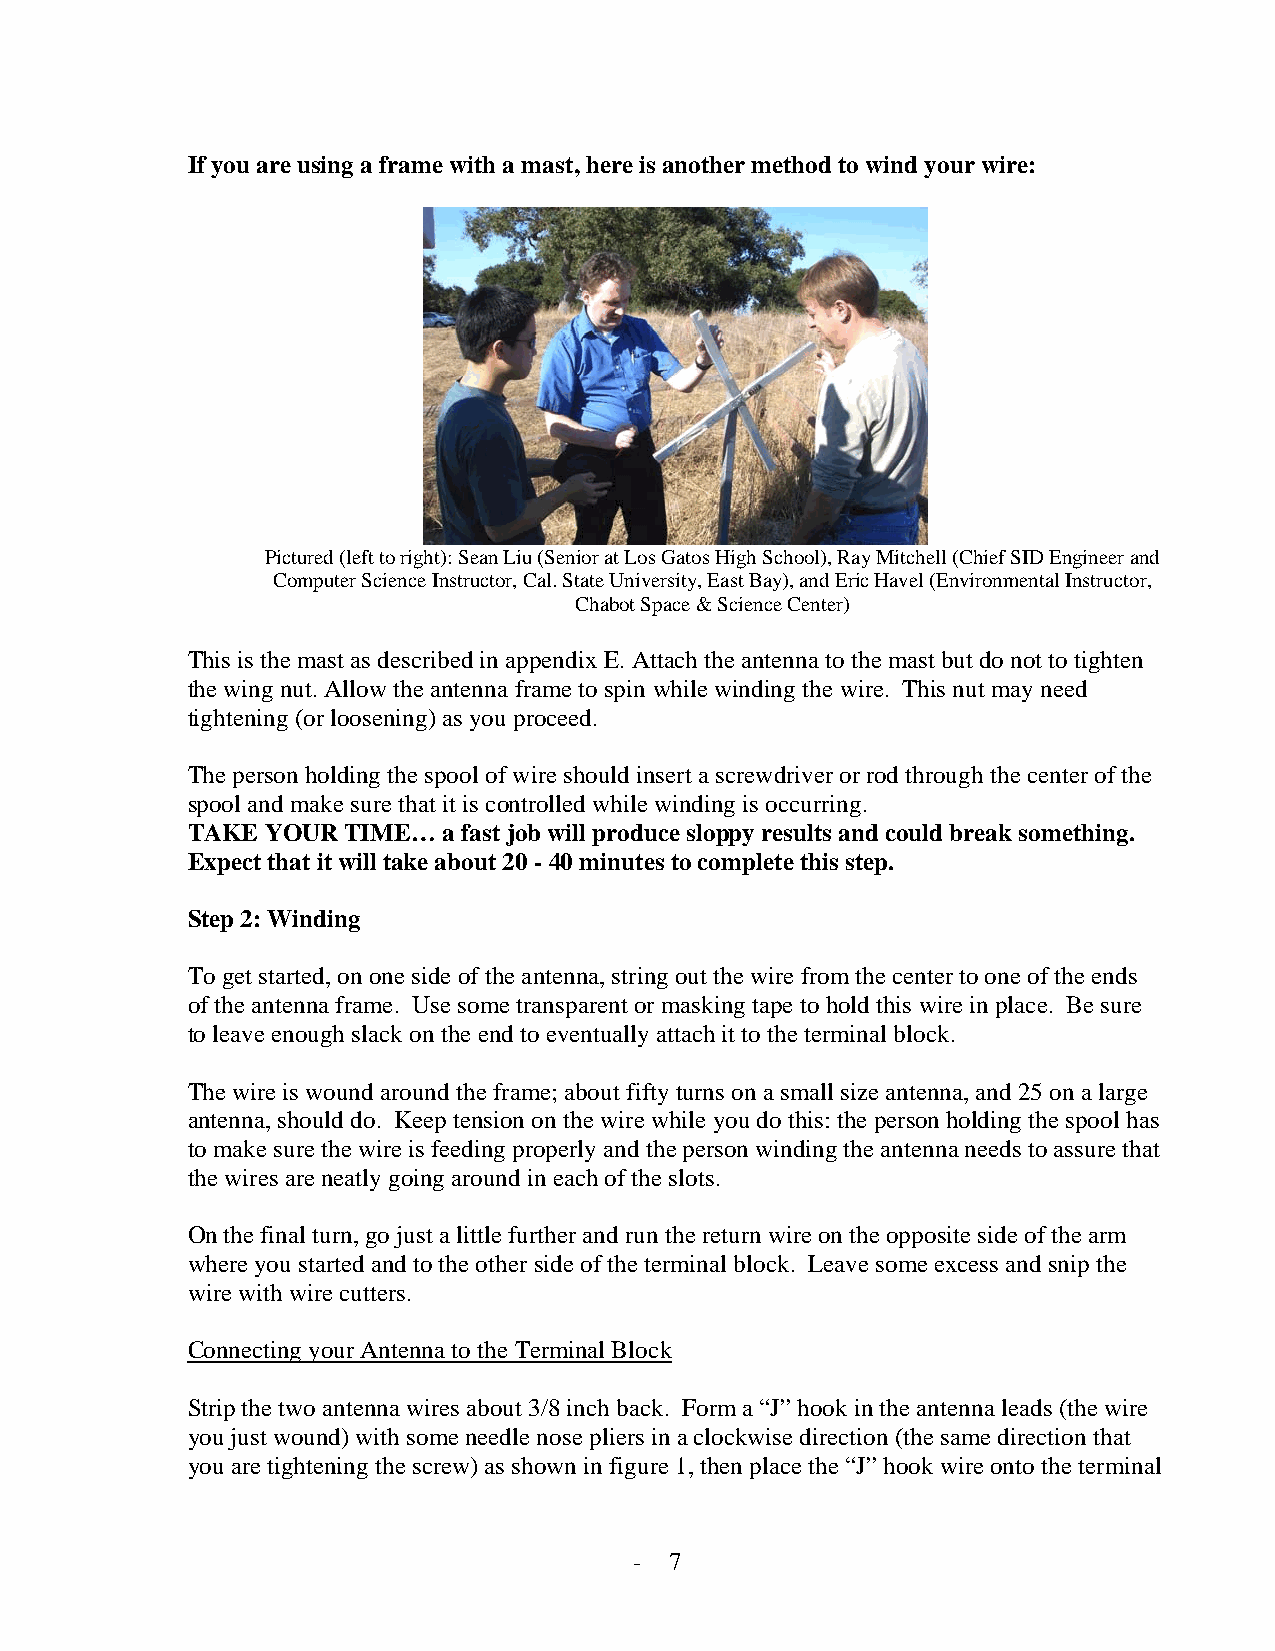
If you are using a frame with a mast, here is another method to wind your wire:
 Pictured (left to right): Sean Liu (Senior at Los Gatos High School), Ray Mitchell (Chief SID Engineer and
 Computer Science Instructor, Cal. State University, East Bay), and Eric Havel (Environmental Instructor,
 Chabot Space & Science Center)
 This is the mast as described in appendix E. Attach the antenna to the mast but do not to tighten
 the wing nut. Allow the antenna frame to spin while winding the wire. This nut may need
 tightening (or loosening) as you proceed.
 The person holding the spool of wire should insert a screwdriver or rod through the center of the
 spool and make sure that it is controlled while winding is occurring.
 TAKE  YOUR TIME… a fast job will produce sloppy results and could break something.
 Expect that it will take about 20 - 40 minutes to complete this step.
 Step 2: Winding
 To get started, on one side of the antenna, string out the wire from the center to one of the ends
 of the antenna frame. Use some transparent or masking tape to hold this wire in place. Be sure
 to leave enough slack on the end to eventually attach it to the terminal block.
 The wire is wound around the frame; about fifty turns on a small size antenna, and 25 on a large
 antenna, should do. Keep tension on the wire while you do this: the person holding the spool has
 to make sure the wire is feeding properly and the person winding the antenna needs to assure that
 the wires are neatly going around in each of the slots.
 On the final turn, go just a little further and run the return wire on the opposite side of the arm
 where you started and to the other side of the terminal block. Leave some excess and snip the
 wire with wire cutters.
 Connecting your Antenna to the Terminal Block
 Strip the two antenna wires about 3/8 inch back. Form a “J” hook in the antenna leads (the wire
 you just wound) with some needle nose pliers in a clockwise direction (the same direction that
 you are tightening the screw) as shown in figure 1, then place the “J” hook wire onto the terminal
 - 7